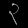
Digit: ၃